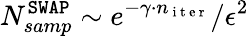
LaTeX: N_{samp}^{\mathtt{SWAP}}\sim e^{-\gamma\cdot n_{\mathrm{~i~t~e~r~}}}/\epsilon^{2}